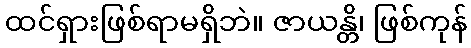
ထင်ရှားဖြစ်ရာမရှိဘဲ။ ဇာယန္တိ၊ ဖြစ်ကုန်